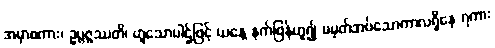
အမှာစကား၊ ဥပ္ပဇ္ဇဿတိ၊ ဟူသောပါဌ်ဖြင့် ယနေ့ နက်ဖြန်ဟူ၍ မမှတ်အပ်သောကာလရှိနေ ရကား